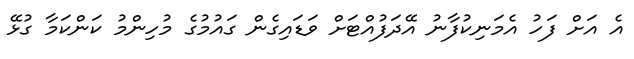
އެ އަށް ފަހު އެމަނިކުފާނު އޭދަފުއްޓަށް ވަޑައިގެން ގައުމުގެ މުހިންމު ކަންކަމާ ގުޅޭ